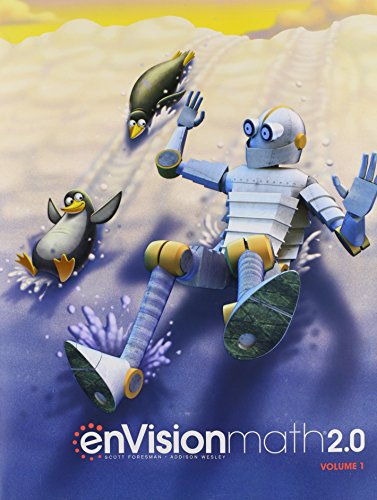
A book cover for MATH 2016 COMMON CORE STUDENT EDITION GRADE 3 VOLUME 1; Scott Foresman; Education & Teaching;